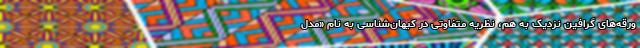
ورقه‌های گرافین نزدیک به هم، نظریه متفاوتی در کیهان‌شناسی به نام «مدل